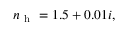
n _ { \mathrm { ~ h ~ } } = 1 . 5 + 0 . 0 1 i ,